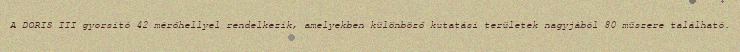
A DORIS III gyorsító 42 mérőhellyel rendelkezik, amelyekben különböző kutatási területek nagyjából 80 műszere található.